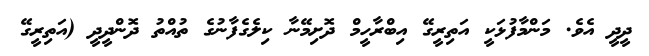
ދީދީ އެވެ. މަންމާފުޅަކީ އަތިރީގޭ އިބްރާހީމް ދޮށިމޭނާ ކިލެގެފާނުގެ ތުއްތު ދޮންދީދީ (އަތިރީގޭ